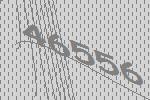
46556